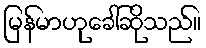
မြန်မာဟုခေါ်ဆိုသည်။